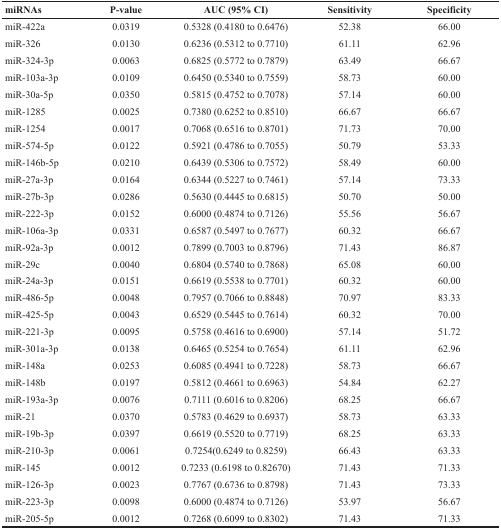
<table><thead><tr><td><b>miRNAs</b></td><td><b>P-value</b></td><td><b>AUC (95% CI)</b></td><td><b>Sensitivity</b></td><td><b>Specificity</b></td></tr></thead><tbody><tr><td>miR-422a</td><td>0.0319</td><td>0.5328 (0.4180 to 0.6476)</td><td>52.38</td><td>66.00</td></tr><tr><td>miR-326</td><td>0.0130</td><td>0.6236 (0.5312 to 0.7710)</td><td>61.11</td><td>62.96</td></tr><tr><td>miR-324-3p</td><td>0.0063</td><td>0.6825 (0.5772 to 0.7879)</td><td>63.49</td><td>66.67</td></tr><tr><td>miR-103a-3p</td><td>0.0109</td><td>0.6450 (0.5340 to 0.7559)</td><td>58.73</td><td>60.00</td></tr><tr><td>miR-30a-5p</td><td>0.0350</td><td>0.5815 (0.4752 to 0.7078)</td><td>57.14</td><td>60.00</td></tr><tr><td>miR-1285</td><td>0.0025</td><td>0.7380 (0.6252 to 0.8510)</td><td>66.67</td><td>66.67</td></tr><tr><td>miR-1254</td><td>0.0017</td><td>0.7068 (0.6516 to 0.8701)</td><td>71.73</td><td>70.00</td></tr><tr><td>miR-574-5p</td><td>0.0122</td><td>0.5921 (0.4786 to 0.7055)</td><td>50.79</td><td>53.33</td></tr><tr><td>miR-146b-5p</td><td>0.0210</td><td>0.6439 (0.5306 to 0.7572)</td><td>58.49</td><td>60.00</td></tr><tr><td>miR-27a-3p</td><td>0.0164</td><td>0.6344 (0.5227 to 0.7461)</td><td>57.14</td><td>73.33</td></tr><tr><td>miR-27b-3p</td><td>0.0286</td><td>0.5630 (0.4445 to 0.6815)</td><td>50.70</td><td>50.00</td></tr><tr><td>miR-222-3p</td><td>0.0152</td><td>0.6000 (0.4874 to 0.7126)</td><td>55.56</td><td>56.67</td></tr><tr><td>miR-106a-3p</td><td>0.0331</td><td>0.6587 (0.5497 to 0.7677)</td><td>60.32</td><td>66.67</td></tr><tr><td>miR-92a-3p</td><td>0.0012</td><td>0.7899 (0.7003 to 0.8796)</td><td>71.43</td><td>86.87</td></tr><tr><td>miR-29c</td><td>0.0040</td><td>0.6804 (0.5740 to 0.7868)</td><td>65.08</td><td>60.00</td></tr><tr><td>miR-24a-3p</td><td>0.0151</td><td>0.6619 (0.5538 to 0.7701)</td><td>60.32</td><td>60.00</td></tr><tr><td>miR-486-5p</td><td>0.0048</td><td>0.7957 (0.7066 to 0.8848)</td><td>70.97</td><td>83.33</td></tr><tr><td>miR-425-5p</td><td>0.0043</td><td>0.6529 (0.5445 to 0.7614)</td><td>60.32</td><td>70.00</td></tr><tr><td>miR-221-3p</td><td>0.0095</td><td>0.5758 (0.4616 to 0.6900)</td><td>57.14</td><td>51.72</td></tr><tr><td>miR-301a-3p</td><td>0.0138</td><td>0.6465 (0.5254 to 0.7654)</td><td>61.11</td><td>62.96</td></tr><tr><td>miR-148a</td><td>0.0253</td><td>0.6085 (0.4941 to 0.7228)</td><td>58.73</td><td>66.67</td></tr><tr><td>miR-148b</td><td>0.0197</td><td>0.5812 (0.4661 to 0.6963)</td><td>54.84</td><td>62.27</td></tr><tr><td>miR-193a-3p</td><td>0.0076</td><td>0.7111 (0.6016 to 0.8206)</td><td>68.25</td><td>66.67</td></tr><tr><td>miR-21</td><td>0.0370</td><td>0.5783 (0.4629 to 0.6937)</td><td>58.73</td><td>63.33</td></tr><tr><td>miR-19b-3p</td><td>0.0397</td><td>0.6619 (0.5520 to 0.7719)</td><td>68.25</td><td>63.33</td></tr><tr><td>miR-210-3p</td><td>0.0061</td><td>0.7254(0.6249 to 0.8259)</td><td>66.43</td><td>63.33</td></tr><tr><td>miR-145</td><td>0.0012</td><td>0.7233 (0.6198 to 0.82670)</td><td>71.43</td><td>71.33</td></tr><tr><td>miR-126-3p</td><td>0.0023</td><td>0.7767 (0.6736 to 0.8798)</td><td>71.43</td><td>73.33</td></tr><tr><td>miR-223-3p</td><td>0.0098</td><td>0.6000 (0.4874 to 0.7126)</td><td>53.97</td><td>56.67</td></tr><tr><td>miR-205-5p</td><td>0.0012</td><td>0.7268 (0.6099 to 0.8302)</td><td>71.43</td><td>71.33</td></tr></tbody></table>